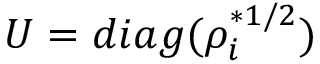
U = d i a g ( \rho _ { i } ^ { * 1 / 2 } )